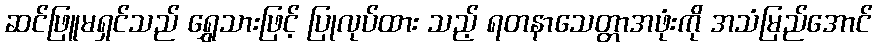
ဆင်ဖြူမရှင်သည် ရွှေသားဖြင့် ပြုလုပ်ထား သည့် ရတနာသေတ္တာအဖုံးကို အသံမြည်အောင်